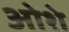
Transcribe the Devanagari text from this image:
ओशे